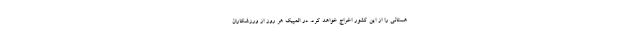
هستانی را از این کشور اخراج خواهد کرد. در المپیک هر روز از ورزشکاران